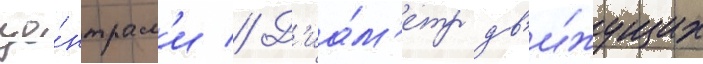
це́нтрам'и // Д'иа́м'етр дв'и́жущих